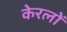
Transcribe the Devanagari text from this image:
केरलों